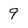
Character: 9